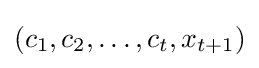
(c_{1},c_{2},\dots ,c_{t},x_{t+1})